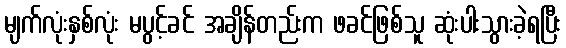
မျက်လုံးနှစ်လုံး မပွင့်ခင် အချိန်တည်းက ဖခင်ဖြစ်သူ ဆုံးပါးသွားခဲ့ရပြီး